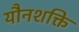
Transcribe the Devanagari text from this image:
यौनशक्ति